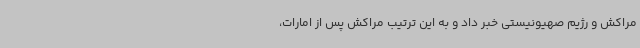
مراکش و رژیم صهیونیستی خبر داد و به این ترتیب مراکش پس از امارات،